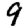
Digit: 9